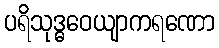
ပရိသုဒ္ဓဝေယျာကရဏော